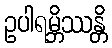
ဥပါရမ္ဘိဿန္တိ